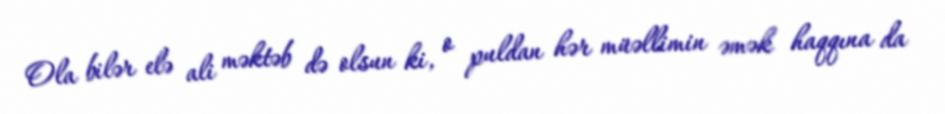
Ola bilər elə ali məktəb də olsun ki, o puldan hər müəllimin əmək haqqına da